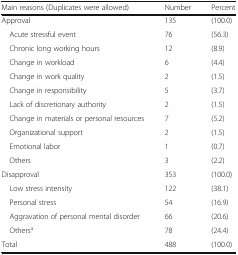
<table><thead><tr><td><b>Main reasons (Duplicates were allowed)</b></td><td><b>Number</b></td><td><b>Percent</b></td></tr></thead><tbody><tr><td>Approval</td><td>135</td><td>(100.0)</td></tr><tr><td> Acute stressful event</td><td>76</td><td>(56.3)</td></tr><tr><td> Chronic long working hours</td><td>12</td><td>(8.9)</td></tr><tr><td> Change in workload</td><td>6</td><td>(4.4)</td></tr><tr><td> Change in work quality</td><td>2</td><td>(1.5)</td></tr><tr><td> Change in responsibility</td><td>5</td><td>(3.7)</td></tr><tr><td> Lack of discretionary authority</td><td>2</td><td>(1.5)</td></tr><tr><td> Change in materials or personal resources</td><td>7</td><td>(5.2)</td></tr><tr><td> Organizational support</td><td>2</td><td>(1.5)</td></tr><tr><td> Emotional labor</td><td>1</td><td>(0.7)</td></tr><tr><td> Others</td><td>3</td><td>(2.2)</td></tr><tr><td>Disapproval</td><td>353</td><td>(100.0)</td></tr><tr><td> Low stress intensity</td><td>122</td><td>(38.1)</td></tr><tr><td> Personal stress</td><td>54</td><td>(16.9)</td></tr><tr><td> Aggravation of personal mental disorder</td><td>66</td><td>(20.6)</td></tr><tr><td> Others<sup>a</sup></td><td>78</td><td>(24.4)</td></tr><tr><td>Total</td><td>488</td><td>(100.0)</td></tr></tbody></table>